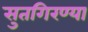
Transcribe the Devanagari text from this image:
सुतगिरण्या